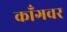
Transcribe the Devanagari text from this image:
काँगवर